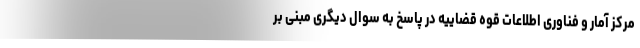
مرکز آمار و فناوری اطلاعات قوه قضاییه در پاسخ به سوال دیگری مبنی بر